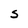
Character: S